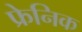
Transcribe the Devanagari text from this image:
फ्रेनिक